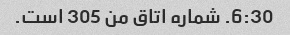
6:30. شماره اتاق من 305 است.